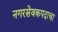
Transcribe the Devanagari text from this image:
नगरसेवकपदाचा